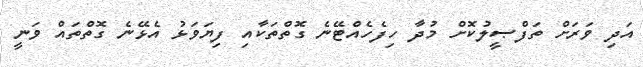
އަދި ވަރަށް ތަފްޞީލުކޮށް މުދާ ހިފެހެއްޓޭނެ ގޮތްތަކާއި ފިޔަވަޅު އެޅޭނެ ގޮތްތައް ވަނީ